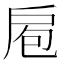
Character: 𭠆